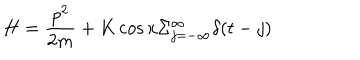
H = \frac { p ^ { 2 } } { 2 m } + K \cos x \Sigma _ { j = - \infty } ^ { \infty } \delta ( t - j )